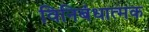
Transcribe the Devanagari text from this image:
विनिबंधात्मक